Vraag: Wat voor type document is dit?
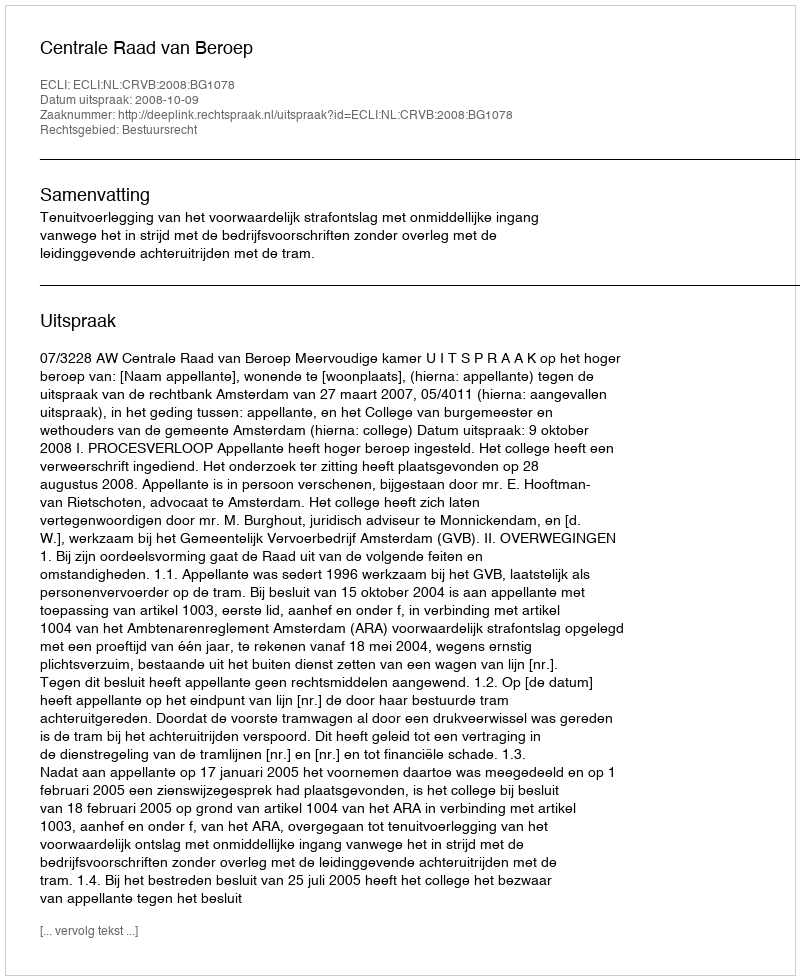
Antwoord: Uitspraak